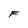
Character: F